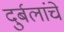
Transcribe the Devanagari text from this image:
दुर्बलांचे